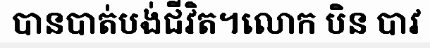
បានបាត់បង់ជីវិត។លោក បិន បាវ